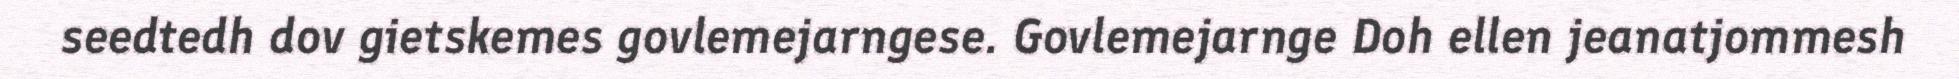
seedtedh dov gietskemes govlemejarngese. Govlemejarnge Doh ellen jeanatjommesh